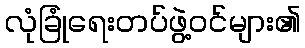
လုံခြုံရေးတပ်ဖွဲ့ဝင်များ၏